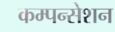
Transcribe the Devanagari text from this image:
कम्पन्सेशन